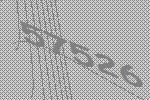
57526